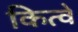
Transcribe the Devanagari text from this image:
कित्वे